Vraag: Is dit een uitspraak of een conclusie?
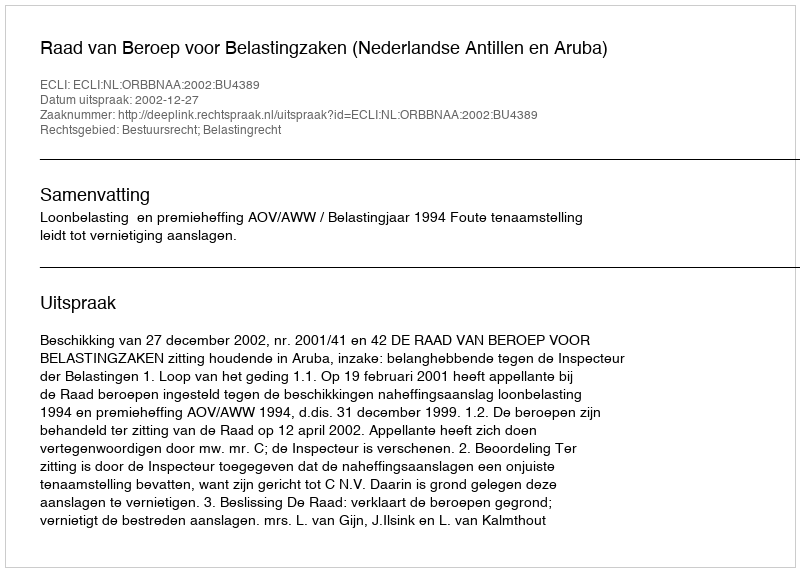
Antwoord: Uitspraak